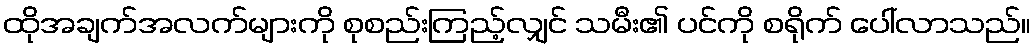
ထိုအချက်အလက်များကို စုစည်းကြည့်လျှင် သမီး၏ ပင်ကို စရိုက် ပေါ်လာသည်။